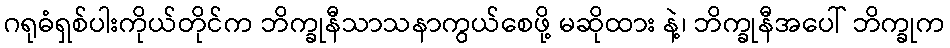
ဂရုဓံရှစ်ပါးကိုယ်တိုင်က ဘိက္ခုနီသာသနာကွယ်စေဖို့ မဆိုထား နဲ့၊ ဘိက္ခုနီအပေါ် ဘိက္ခုက